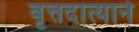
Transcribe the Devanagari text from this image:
वृत्तदात्याने